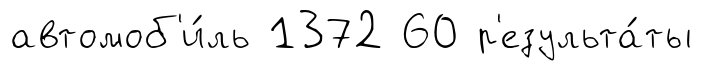
автомоб'и́ль 1372 60 р'езульта́ты